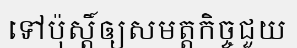
ទៅប៉ុស្តិ៍ឲ្យសមត្តកិច្ចជួយ